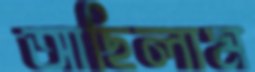
আছিলাম